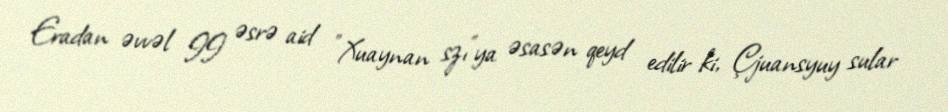
Eradan əvvəl II əsrə aid "Xuaynan szı"ya əsasən qeyd edilir ki, Çjuansyuy sular